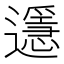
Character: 𨘓